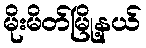
မိုးမိတ်မြို့နယ်